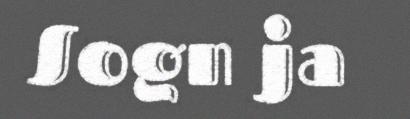
Sogn ja